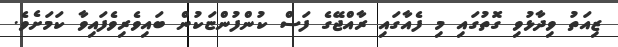
ޒިއަތު ވިދާޅުވި ގޮތުގައި މި ފެއާގައި ރާއްޖޭގެ ފަސް ކުންފުންޏަކުން ބައިވެރިވެފައިވާ ކަމަށެވެ.